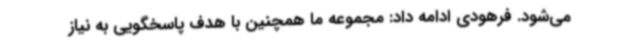
می‌شود. فرهودی ادامه داد: مجموعه ما همچنین با هدف پاسخگویی به نیاز